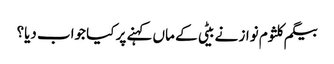
بیگم کلثوم نواز نے بیٹی کے ماں کہنے پر کیا جواب دیا؟